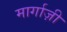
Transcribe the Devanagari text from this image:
मार्गाज़ी